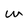
Character: W